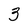
Character: 3